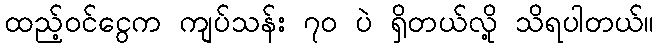
ထည့်ဝင်ငွေက ကျပ်သန်း ၇၀ ပဲ ရှိတယ်လို့ သိရပါတယ်။